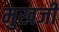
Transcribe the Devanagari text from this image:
मुखजी